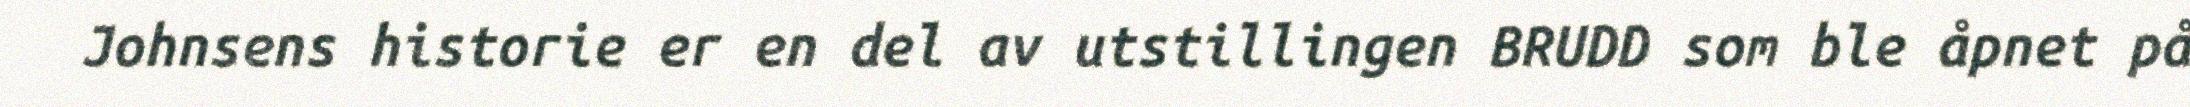
Johnsens historie er en del av utstillingen BRUDD som ble åpnet på